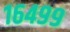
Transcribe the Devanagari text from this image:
१६४९९